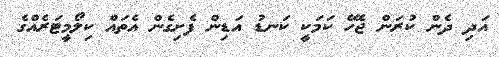
އަދި ދެން ކުރަން ޖެހޭ ކަމަކީ ކަނޑު އަޑިން ފެށިގެން އެތައް ކިލޯމީޓަރެއްގެ